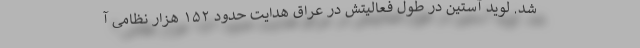
شد. لوید آستین در طول فعالیتش در عراق هدایت حدود ۱۵۲ هزار نظامی آ